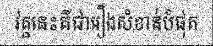
វគ្គនេះគឺជារឿងសំខាន់បំផុត